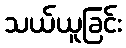
သယ်ယူခြင်း